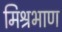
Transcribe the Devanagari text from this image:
मिश्रभाण